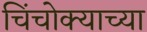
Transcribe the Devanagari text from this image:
चिंचोक्याच्या